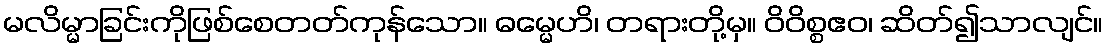
မလိမ္မာခြင်းကိုဖြစ်စေတတ်ကုန်သော။ ဓမ္မေဟိ၊ တရားတို့မှ။ ဝိဝိစ္စဧဝ၊ ဆိတ်၍သာလျင်။